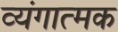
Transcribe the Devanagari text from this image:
व्‍यंगात्‍मक